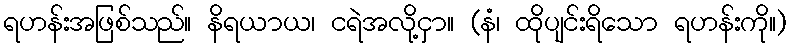
ရဟန်းအဖြစ်သည်။ နိရယာယ၊ ငရဲအလို့ငှာ။ (နံ၊ ထိုပျင်းရိသော ရဟန်းကို။)